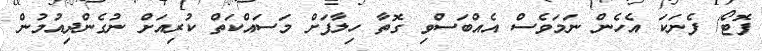
ފޮޓޯ/ ފެނަކަ އެހެން ނަމަވެސް އެއްބަސްވި ގޮތާ ހިލާފަށް މަސައްކަތް ކުރިއަށް ނުގެންދިއުުމުން